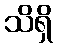
သိရှိ